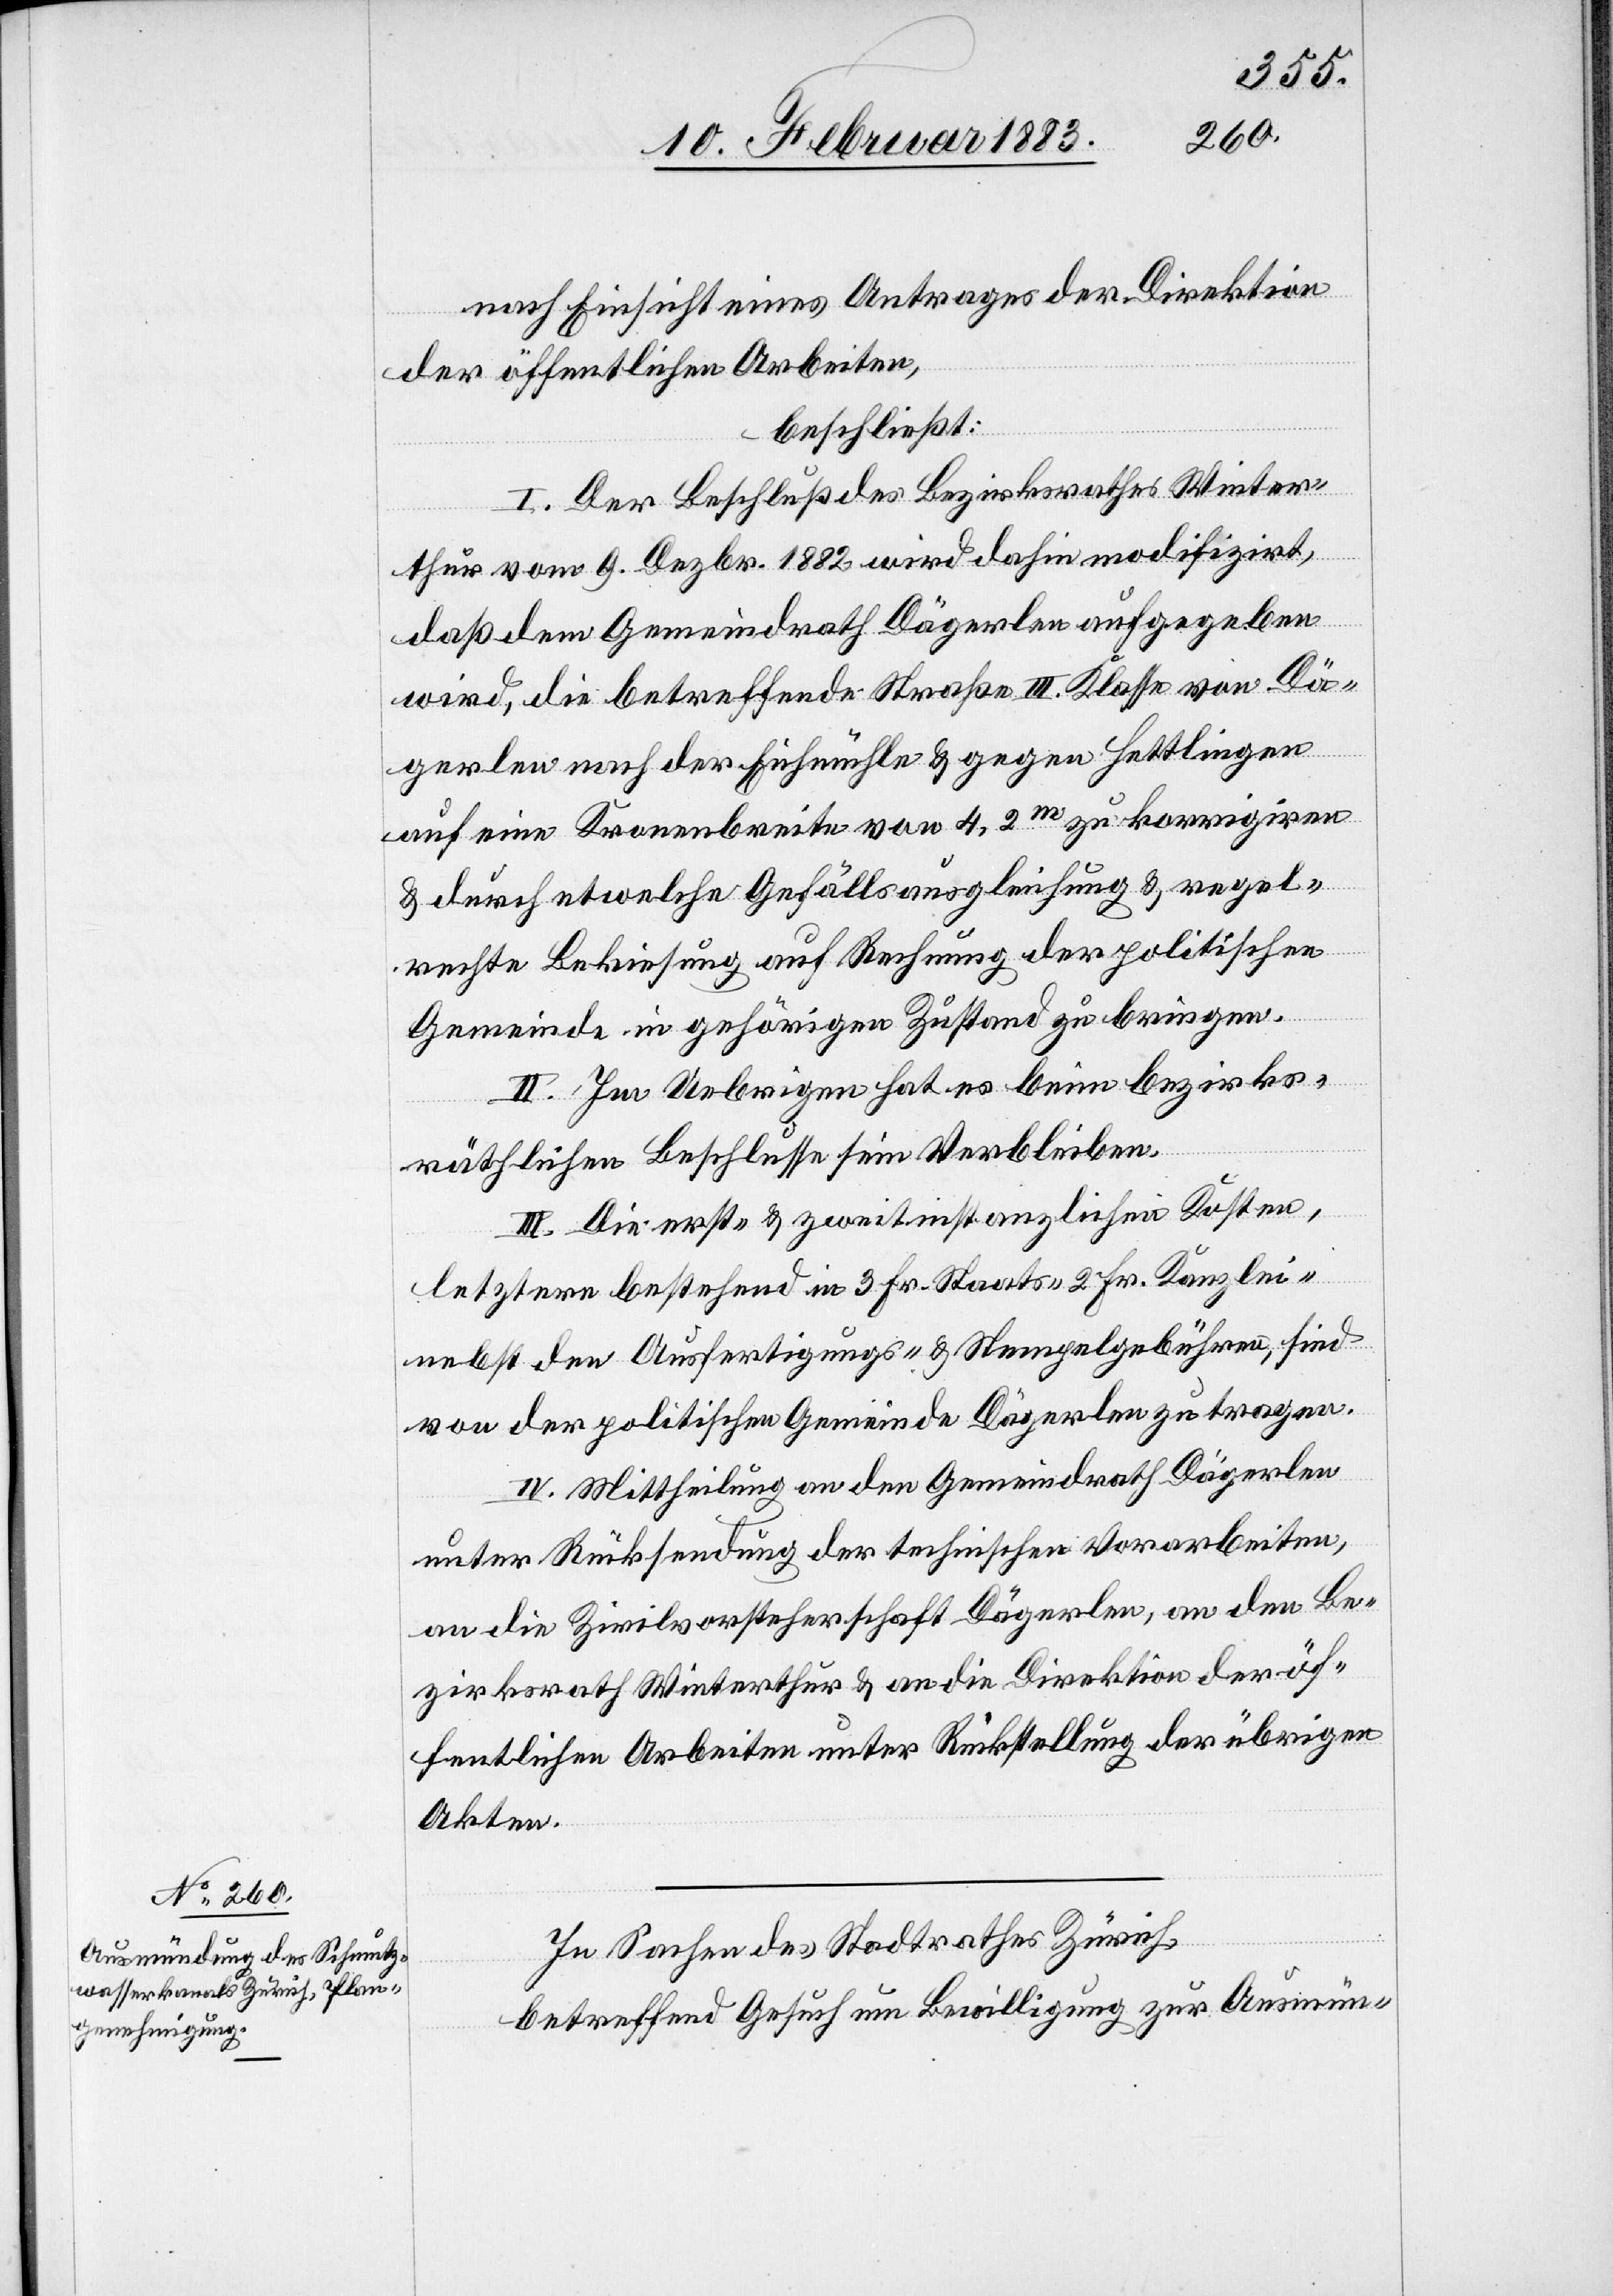
nach Einsicht eines Antrages der Direktion
der öffentlichen Arbeiten,
beschließt:
I. Der Beschluß des Bezirksrathes Winter¬
thur vom 9. Dezbr. 1882 wird dahin modifizirt,
daß dem Gemeindrath Dägerlen aufgegeben
wird, die betreffende Straße III. Klasse von Dä¬
gerlen nach der Eichmühle & gegen Hettlingen
auf eine Kronenbreite von 4,2m zu korrigiren
& durch etwelche Gefällsausgleichung & regel¬
rechte Bekiesung auf Rechnung der politischen
Gemeinde in gehörigen Zustand zu bringen.
II. Im Uebrigen hat es beim bezirks¬
räthlichen Beschlusse sein Verbleiben.
III. Die erst- & zweitinstanzlichen Kosten,
letztere bestehend in 3 Fr. Staats- 2 Fr. Kanzlei-
nebst den Ausfertigungs- & Stempelgebühren, sind
von der politischen Gemeinde Dägerlen zu tragen.
IV. Mittheilung an den Gemeindrath Dägerlen
unter Rücksendung der technischen Vorarbeiten,
an die Zivilvorsteherschaft Dägerlen, an den Be¬
zirksrath Winterthur & an die Direktion der öf¬
fentlichen Arbeiten unter Rückstellung der übrigen
Akten.
In Sachen des Stadtrathes Zürich,
betreffend Gesuch um Bewilligung zur Ausmün-